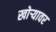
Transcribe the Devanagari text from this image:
खोर्‍यावर